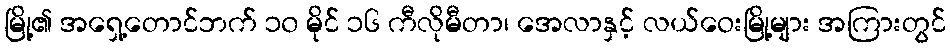
မြို့၏ အရှေ့တောင်ဘက် ၁၀ မိုင် ၁၆ ကီလိုမီတာ၊ အေလာနှင့် လယ်ဝေးမြို့များ အကြားတွင်